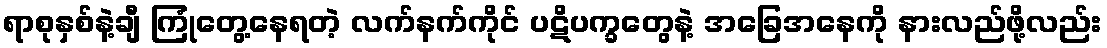
ရာစုနှစ်နဲ့ချီ ကြုံတွေ့နေရတဲ့ လက်နက်ကိုင် ပဋိပက္ခတွေနဲ့ အခြေအနေကို နားလည်ဖို့လည်း